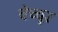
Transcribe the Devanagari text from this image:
वेच्चूर